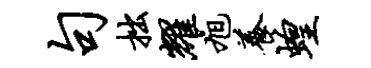
句拙耀旭养蝗